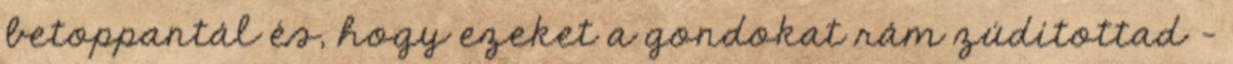
betoppantál és, hogy ezeket a gondokat rám zúdítottad -